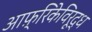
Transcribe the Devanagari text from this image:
आफ़्रिकेविरूद्ध